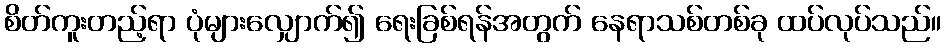
စိတ်ကူးတည့်ရာ ပုံများလျှောက်၍ ရေးခြစ်ရန်အတွက် နေရာသစ်တစ်ခု ထပ်လုပ်သည်။